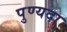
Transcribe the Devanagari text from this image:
पुण्यदा